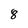
Character: 8